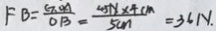
F B = \frac { G O A } { O B } = \frac { 4 5 N \times 4 c m } { 5 c m } = 3 6 N .